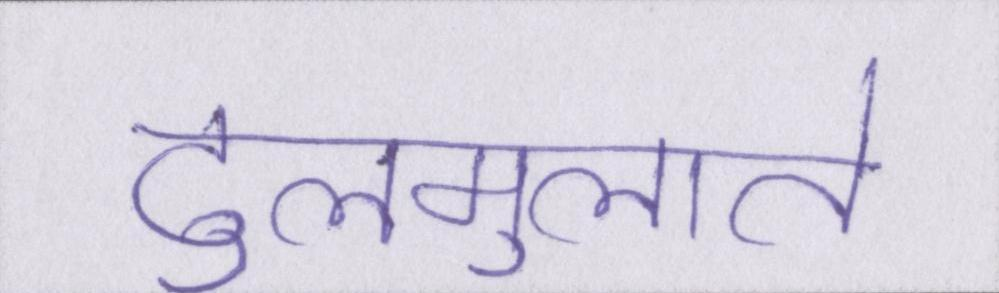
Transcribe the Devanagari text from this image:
ढुलमुलाते